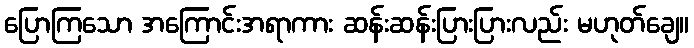
ပြောကြသော အကြောင်းအရာကား ဆန်းဆန်းပြားပြားလည်း မဟုတ်ချေ။